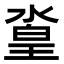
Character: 𣹛